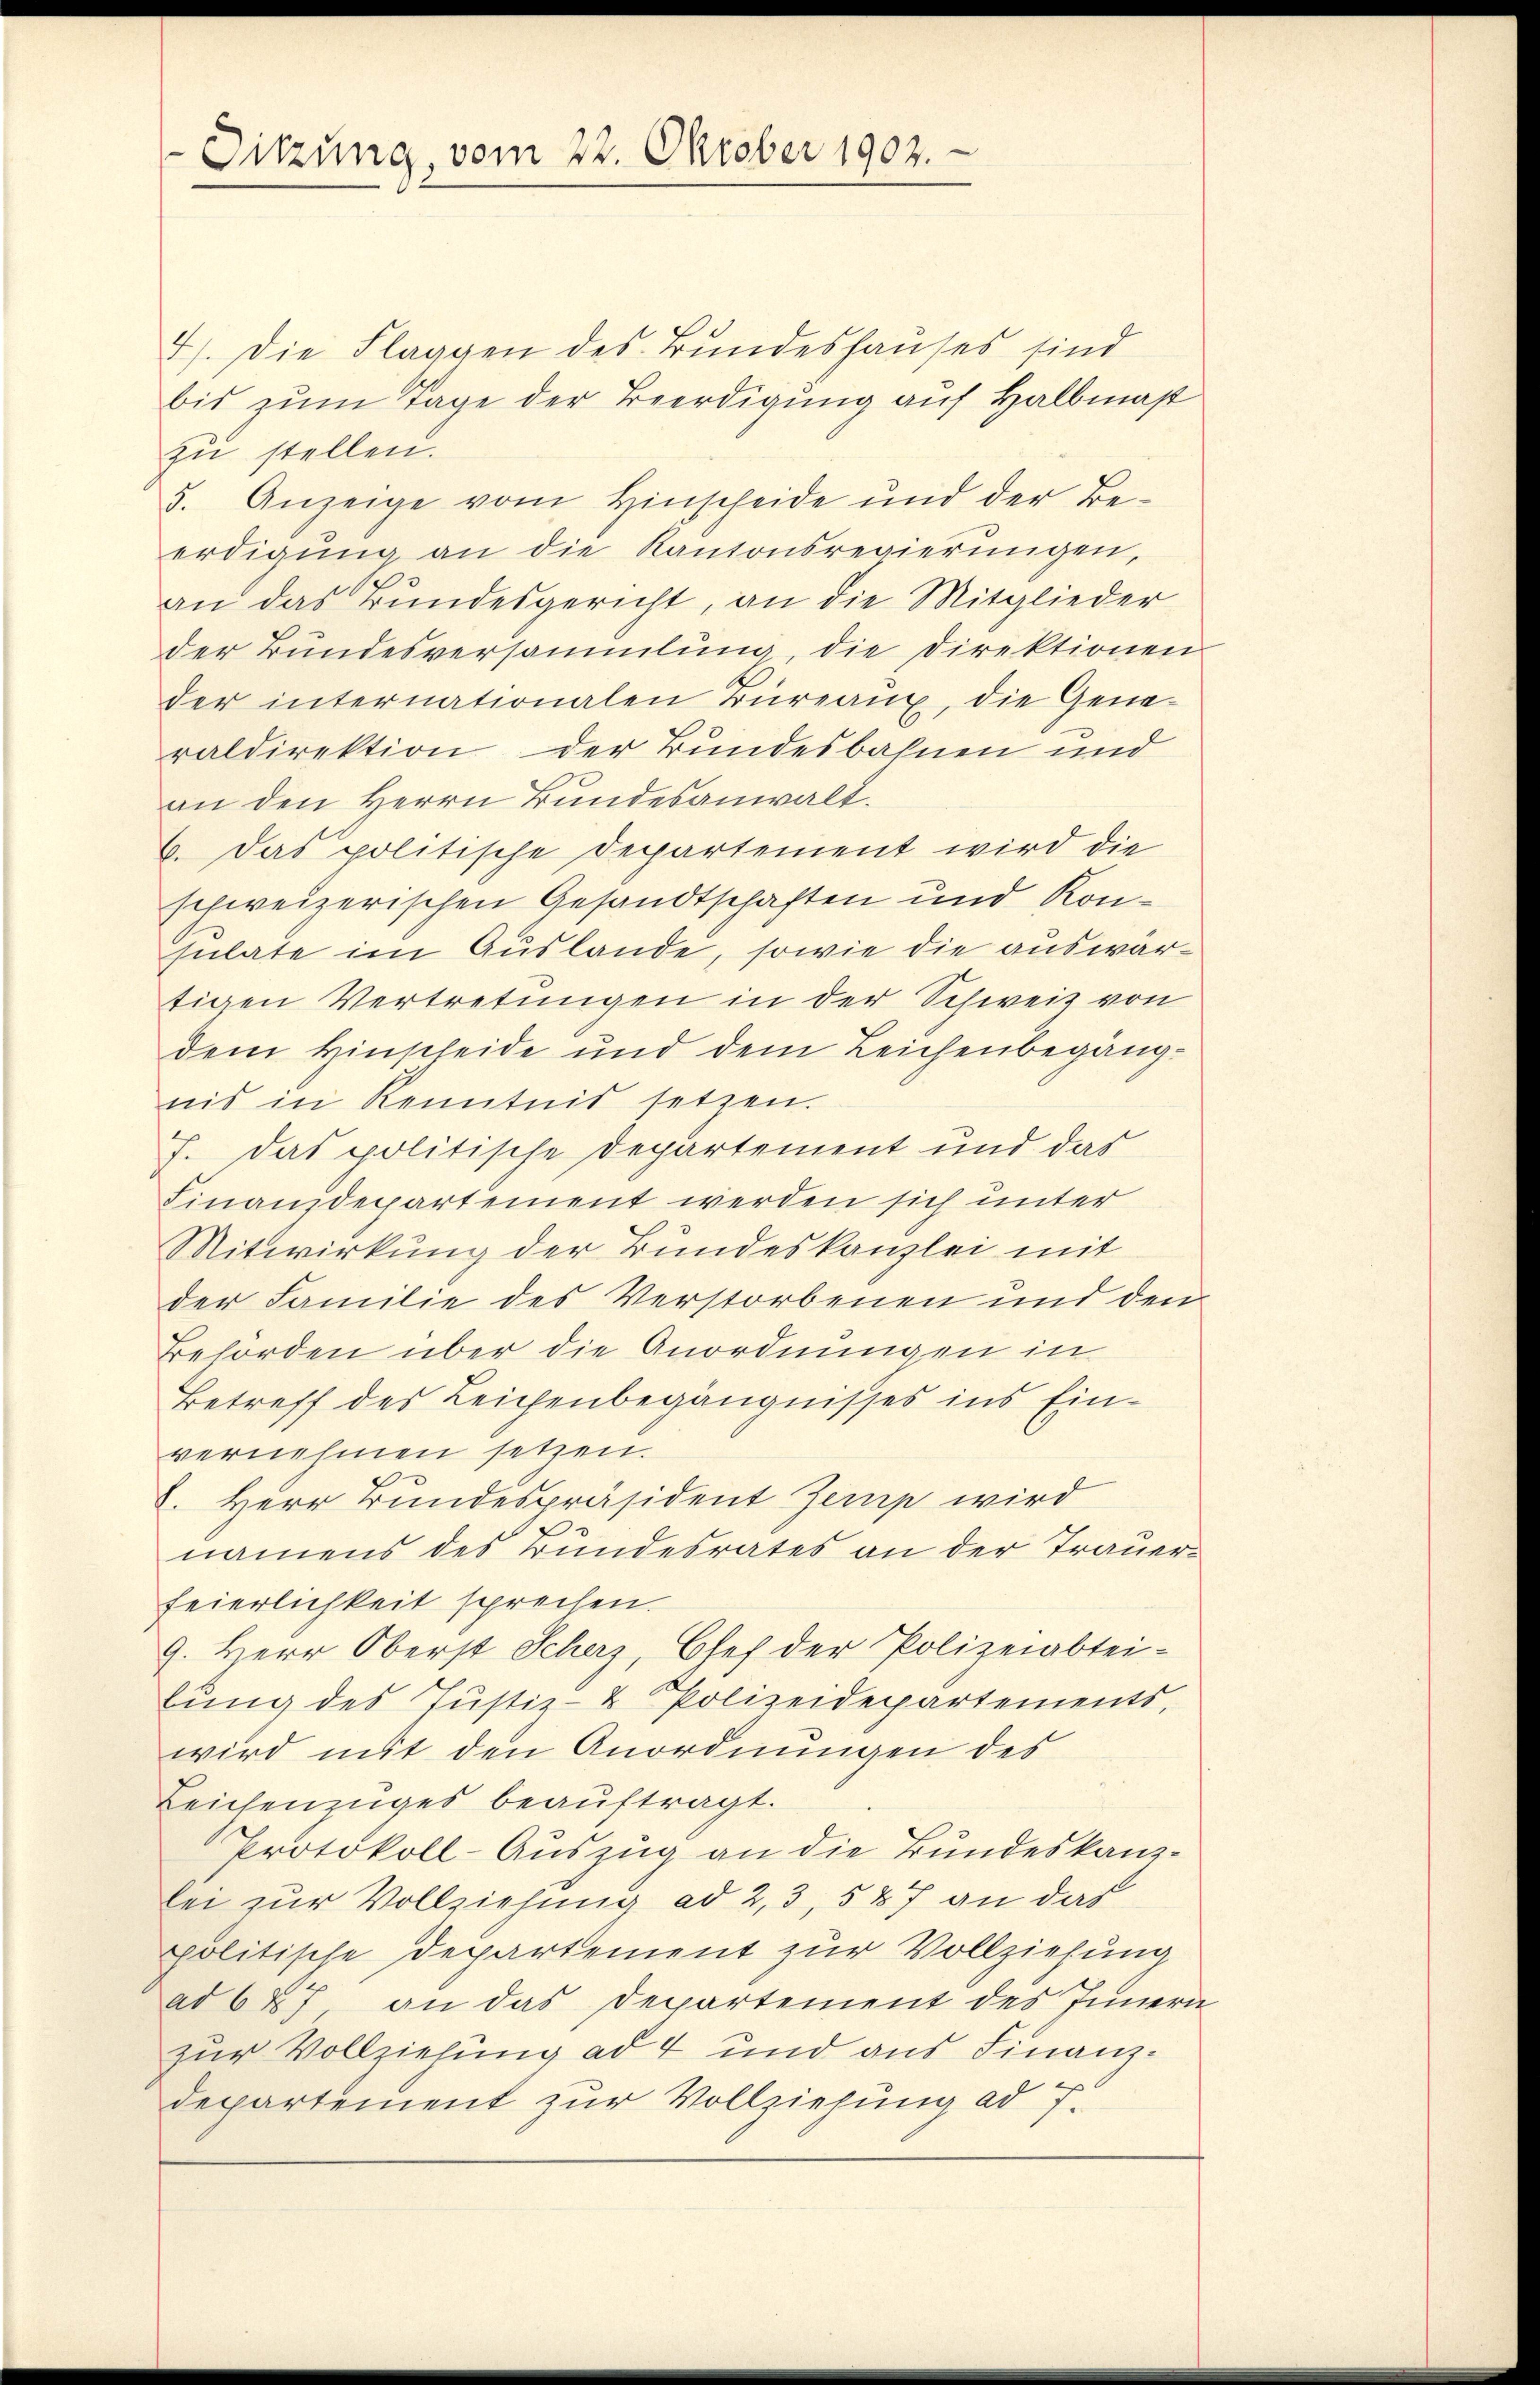
Sitzung, vom 22. Oktober 1902.

4). Die Flaggen des Bundeshauses sind
bis zum Tage der Beerdigung auf Halbmaß
zu stellen.
5. Anzeige vom Hinscheide und der Be-
erdigŭng an die Kantonsregierŭngen,
an das Bundesgericht, an die Mitglieder
der Bundesversammlung, die Direktionen
der internationalen Büreaux, die Generaldirektion der Bundesbahnen und
an den Herrn Bundesanwalt.
6. Das politische Departement wird die
schweizerischen Gesandtschaften und Konsulate im Auslande, sowie die auswärtigen Vertretungen in der Schweiz von
dem Hinscheide und dem Leichenbegängnis in Kenntnis setzen.
J. Das politische Departement und das
Finanzdepartement werden sich unter
Mitwirkung der Bundeskanzlei mit
der Familie des Verstorbenen und den
Behörden über die Anordnungen in
Betreff des Leichenbegängnisses ins Einvernehmen setzen.
. Herr Bundespräsident Zemp wird
namens des Bundesrates an der Trauerfeierlichkeit sprechen.
9. Herr Oberst Scherz, Chef der Polizeiabteibung des Justiz- & Polizeidepartements,
wird mit den Anordnungen des
Beichenzuges beauftragt.
Protokoll-Auszug an die Bundeskanzlei zur Vollziehung ad 2, 3, 587 an das
politische Departement zur Vollziehung
ad 687 an das Departement des Innern
zur Vollziehung ad 4 und aus Finanzdepartement zur Vollziehung ad 7.